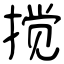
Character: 搅